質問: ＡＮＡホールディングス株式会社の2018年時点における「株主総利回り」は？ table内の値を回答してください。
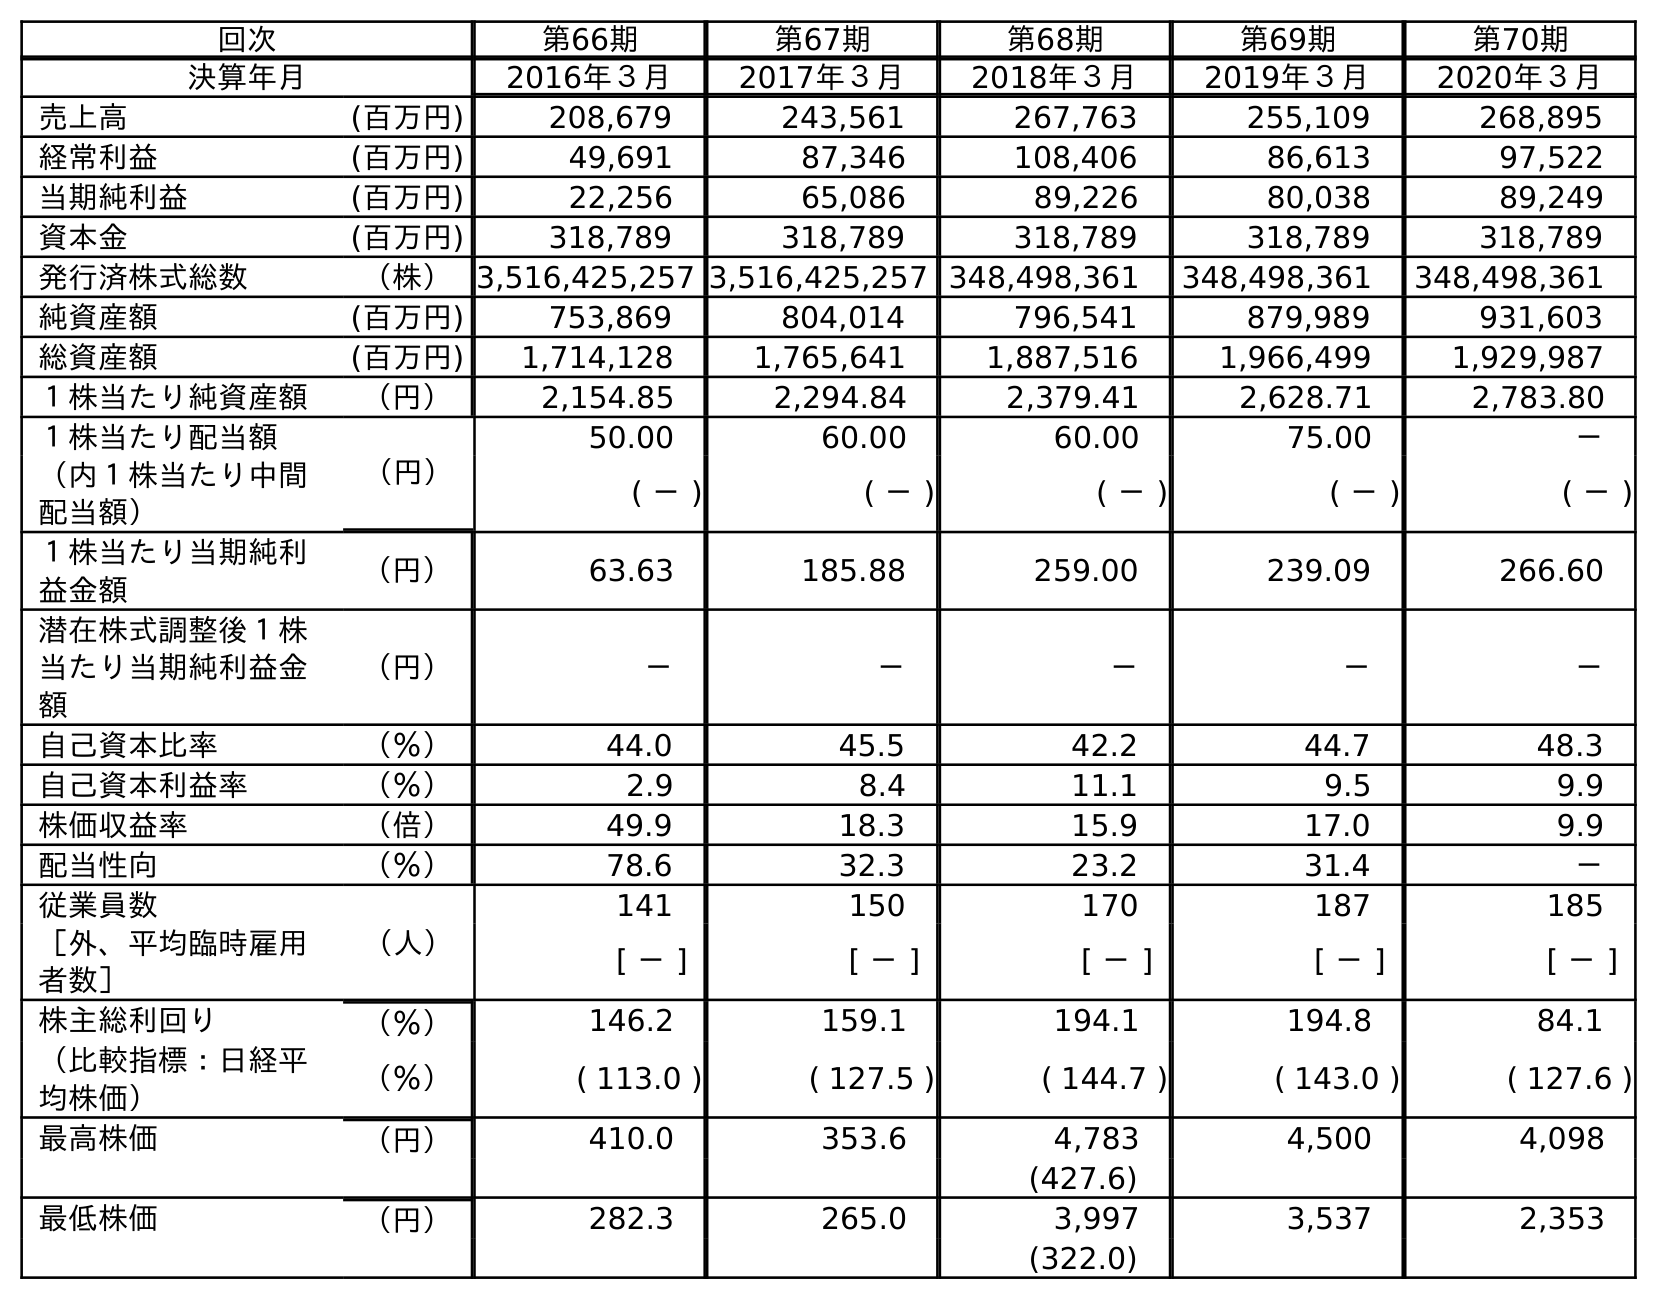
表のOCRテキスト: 回次 第66期 第67期 第68期 第69期 第70期 決算年月 2016年３月 2017年３月 2018年３月 2019年３月 2020年３月 売上高 (百万円) 208,679 243,561 267,763 255,109 268,895 経常利益 (百万円) 49,691 87,346 108,406 86,613 97,522 当期純利益 (百万円) 22,256 65,086 89,226 80,038 89,249 資本金 (百万円) 318,789 318,789 318,789 318,789 318,789 発行済株式総数 （株）3,516,425,257 3,516,425,257 348,498,361 348,498,361 348,498,361 純資産額 (百万円) 753,869 804,014 796,541 879,989 931,603 総資産額 (百万円) 1,714,128 1,765,641 1,887,516 1,966,499 1,929,987 １株当たり純資産額 （円） 2,154.85 2,294.84 2,379.41 2,628.71 2,783.80 １株当たり配当額 （円） 50.00 60.00 60.00 75.00 － （内１株当たり中間 配当額） ( － ) ( － ) ( － ) ( － ) ( － ) １株当たり当期純利 益金額 （円） 63.63 185.88 259.00 239.09 266.60 潜在株式調整後１株 当たり当期純利益金 額 （円） － － － － － 自己資本比率 （％） 44.0 45.5 42.2 44.7 48.3 自己資本利益率 （％） 2.9 8.4 11.1 9.5 9.9 株価収益率 （倍） 49.9 18.3 15.9 17.0 9.9 配当性向 （％） 78.6 32.3 23.2 31.4 － 従業員数 （人） 141 150 170 187 185 ［外、平均臨時雇用 者数］ [ － ] [ － ] [ － ] [ － ] [ － ] 株主総利回り （％） 146.2 159.1 194.1 194.8 84.1 （比較指標：日経平 均株価） （％） ( 113.0 ) ( 127.5 ) ( 144.7 ) ( 143.0 ) ( 127.6 ) 最高株価 （円） 410.0 353.6 4,783 4,500 4,098 (427.6) 最低株価 （円） 282.3 265.0 3,997 3,537 2,353 (322.0)
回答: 194.1